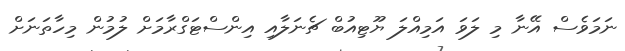
ނަމަވެސް އޭނާ މި ލަވަ އަމިއްލަ ޔޫޓިއުބް ޗެނަލާއި އިންސްޓަގްރާމަށް ލުމުން މިހާތަނަށް